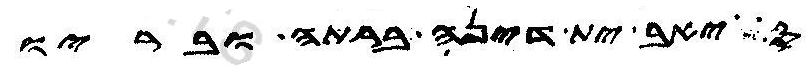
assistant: סיאב ית דינה ברתה ובריו